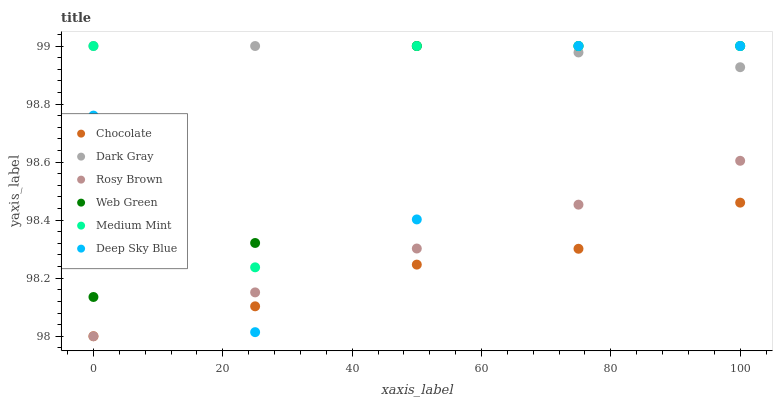
| xaxis_label | Chocolate | Dark Gray | Rosy Brown | Web Green | Medium Mint | Deep Sky Blue |
 | --- | --- | --- | --- | --- | --- | --- |
 | 0 | 98 | 99 | 98 | 98.1 | 99 | 98.8 |
 | 25 | 98.1 | 99 | 98.2 | 98.3 | 98.2 | 98 |
 | 50 | 98.2 | 99 | 98.3 | 99 | 99 | 98.4 |
 | 75 | 98.3 | 99 | 98.5 | 99 | 99 | 99 |
 | 100 | 98.5 | 98.9 | 98.6 | 99 | 99 | 99 |